Vaccination in the Punjab 1883-1896 - 1883-1896
Year: 1883
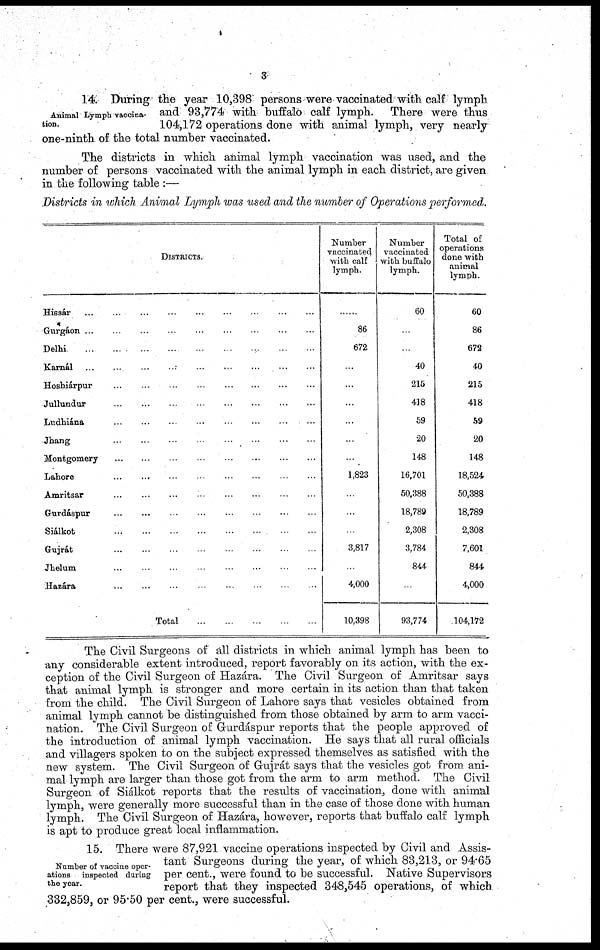
3
Animal Lymph vaocina-
tion.
14. During the year 10,398 persons were vaccinated with calf lymph
and 93,774 with buffalo calf lymph. There were thus
104,172 operations done with animal lymph, very nearly
one-ninth of the total number vaccinated.
The districts in which animal lymph vaccination was used, and the
number of persons vaccinated with the animal lymph in each district, are given
in the following table :—
Districts in which Animal Lymph was used and the number of Operations performed.
DISTRICTS.
Hissár ... ... ... ... ... ... ... ... ...
Gurgáon
...
...
...
...
...
...
...
...
...
Delhi
...
...
...
...
...
...
...
...
...
Karnál
...
...
...
...
...
...
...
...
...
Hoshiárpur
...
...
...
...
...
...
...
...
...
Jullundur
...
...
...
...
...
...
...
...
...
Ludhiána
...
...
...
...
...
...
...
...
...
Jhang ... ... ... ... ... ... ... ... ...
Montgomery
...
...
...
...
...
...
...
...
...
Lahore ... ... ... ... ... ... ... ... ...
Amritsar
...
...
...
...
...
...
...
...
...
Gurdáspur
...
...
...
...
...
...
...
...
...
Siálkot
...
...
...
...
...
...
...
...
...
Gujrát
...
...
...
...
...
...
...
...
...
Jhelum
...
...
...
...
...
...
...
...
...
Hazára
...
...
...
...
...
...
...
...
...
Total ... ... ... ... ...
Number
vaccinated
with calf
lymph.
...
86
672
...
...
...
...
...
...
1,823
...
...
...
3,817
...
4,000
10,398
Number
vaccinated
with buffalo
lymph.
60
...
...
40
215
418
59
20
148
16,701
50,388
18,789
2,308
3,784
844
...
93,774
Total of
operations
done with
animal
lymph.
60
86
672
40
215
418
59
20
148
18,524
50,388
18,789
2,308
7,601
844
4,000
104,172
The Civil Surgeons of all districts in which animal lymph has been to
any considerable extent introduced, report favorably on its action, with the ex-
ception of the Civil Surgeon of Hazára. The Civil Surgeon of Amritsar says
that animal lymph is stronger and more certain in its action than that taken
from the child. The Civil Surgeon of Lahore says that vesicles obtained from
animal lymph cannot be distinguished from those obtained by arm to arm vacci-
nation. The Civil Surgeon of Gurdáspur reports that the people approved of
the introduction of animal lymph vaccination. He says that all rural officials
and villagers spoken to on the subject expressed themselves as satisfied with the
new system. The Civil Surgeon of Grujrát says that the vesicles got from ani-
mal lymph are larger than those got from the arm to arm method. The Civil
Surgeon of Siálkot reports that the results of vaccination, done with animal
lymph, were generally more successful than in the case of those done with human
lymph. The Civil Surgeon of Hazára, however, reports that buffalo calf lymph
is apt to produce great local inflammation.
Number of vaccine oper-
ations inspected during
the year.
15. There were 87,921 vaccine operations inspected by Civil and Assis-
tant Surgeons during the year, of which 83,213, or 94.65
per cent., were found to be successful. Native Supervisors
report that they inspected 348,545 operations, of which
332,859, or 95.50 per cent., were successful.